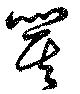
箕